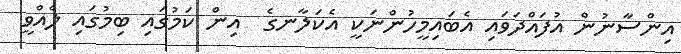
އިންސާނުން އުފައްދަވައި އެބައިމީހުންނަކީ އެކަލާނގެ  އިން ކަމުގައި ބިމުގައި ލެއްވީ